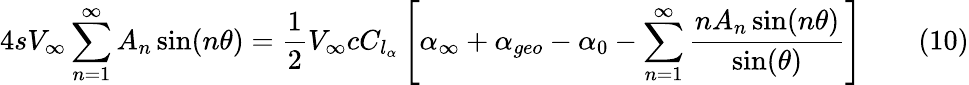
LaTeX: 4sV_{\infty}\sum_{n=1}^{\infty}A_{n}\sin(n\theta)={\frac{1}{2}}V_{\infty}cC_{l_{\alpha}}\left[\alpha_{\infty}+\alpha_{geo}-\alpha_{0}-\sum_{n=1}^{\infty}{\frac{nA_{n}\sin(n\theta)}{\sin(\theta)}}\right]\qquad(10)